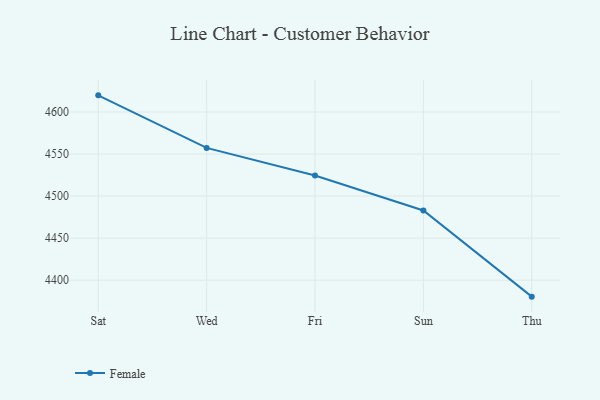
{"axis": {"x": "Day", "y": "Shipments"}, "legend": ["Female"], "data": [{"x": "Sat", "y": 4619.8, "type": "Female"}, {"x": "Wed", "y": 4557.3, "type": "Female"}, {"x": "Fri", "y": 4524.4, "type": "Female"}, {"x": "Sun", "y": 4482.9, "type": "Female"}, {"x": "Thu", "y": 4380.4, "type": "Female"}]}